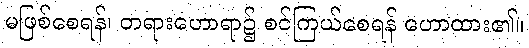
မဖြစ်စေရန်၊ တရားဟောရာ၌ စင်ကြယ်စေရန် ဟောထား၏။